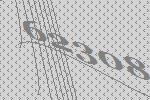
62308